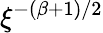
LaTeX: \xi^{-(\beta+1)/2}